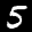
Label: 5